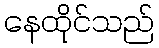
နေထိုင်သည်